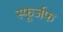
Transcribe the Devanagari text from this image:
स्फूर्जफ